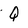
Character: Q